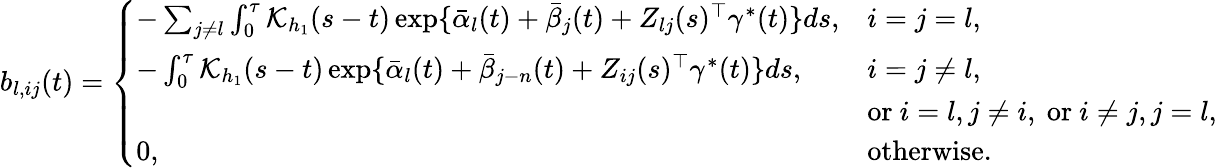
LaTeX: \begin{array}{r}{b_{l,ij}(t)=\left\{ \begin{array}{ll}{-\sum_{j\neq l}\int_{0}^{\tau}\mathcal{K}_{h_{1}}(s-t)\exp\{ \bar{\alpha}_{l}(t)+\bar{\beta}_{j}(t)+Z_{lj}(s)^{\top}\gamma^{*}(t)\} ds,}&{i=j=l,}\\ {-\int_{0}^{\tau}\mathcal{K}_{h_{1}}(s-t)\exp\{ \bar{\alpha}_{l}(t)+\bar{\beta}_{j-n}(t)+Z_{ij}(s)^{\top}\gamma^{*}(t)\} ds,}&{i=j\neq l,}\\ &{\mathrm{or~}i=l,j\neq i,\mathrm{~or~}i\neq j,j=l,}\\ {0,}&{\mathrm{otherwise}.}\end{array}\right.}\end{array}